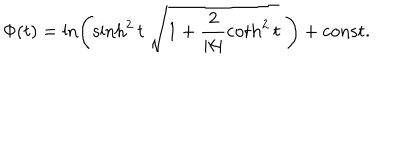
LaTeX: \Phi ( t ) = \ln \left( \sinh ^ { 2 } t \; \sqrt { 1 + \frac { 2 } { | k | } \coth ^ { 2 } t } \; \right) + \mathrm { c o n s t . }